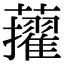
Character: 𧃔